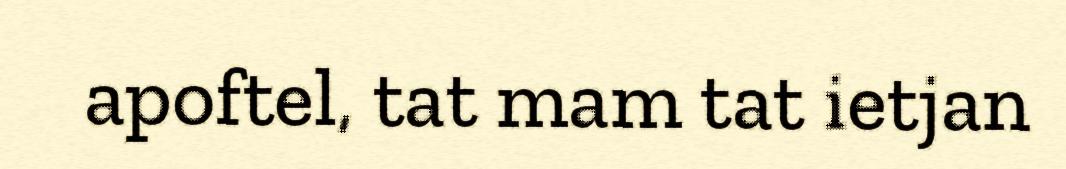
apoftel, tat mam tat ietjan